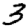
Digit: 3